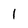
Character: 1